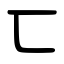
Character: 匸